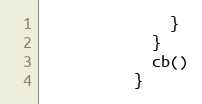
Language: JavaScript
              }
            }
            cb()
          }